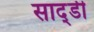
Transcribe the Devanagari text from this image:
साद्डी